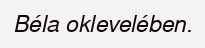
Béla oklevelében.